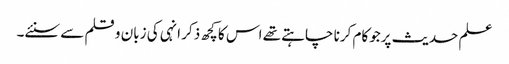
علم حدیث پرجوکام کرنا چاہتے تھے اس کا کچھ ذکر انہی کی زبان و قلم سے سنئے۔